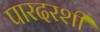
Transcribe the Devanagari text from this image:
पारदरशी